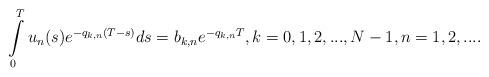
\begin{align*}\int\limits_0^Tu_n(s)e^{-q_{k,n}(T-s)}ds=b_{k,n}e^{-q_{k,n}T},k=0,1,2,...,N-1,n=1,2,....\end{align*}